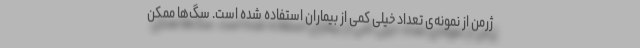
ژرمن از نمونه‌ی تعداد خیلی کمی از بیماران استفاده شده است. سگ‌ها ممکن